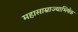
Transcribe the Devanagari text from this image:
महासाम्राज्याभिषेक